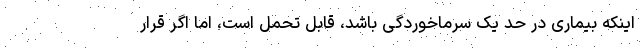
اینکه بیماری در حد یک سرماخوردگی باشد، قابل تحمل است، اما اگر قرار